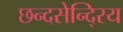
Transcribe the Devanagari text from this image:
छन्दसेन्दि्रय